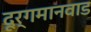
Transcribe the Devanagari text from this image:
दूर्गमानवाड